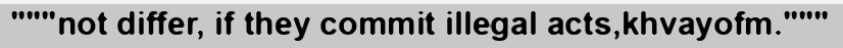
"""not differ, if they commit illegal acts,khvayofm."""